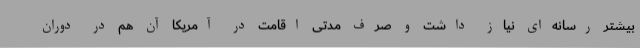
بیشتر رسانه‌ای نیاز داشت و صرف مدتی اقامت در آمریکا آن هم در دوران